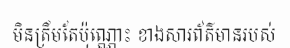
មិនត្រឹមតែប៉ុណ្ណោះ ខាងសារព័ត៌មានរបស់